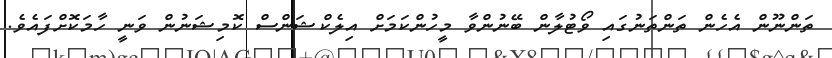
ތަންނޫން އެހެން ތަންތަނުގައި ވޯޓުލާން ބޭނުންވާ މީހުންކަމަށް އިލެކްޝަންސް ކޮމިޝަނުން ވަނީ ހާމަކޮށްފައެވެ.